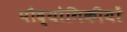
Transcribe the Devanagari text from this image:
पौद्योगिकीयों